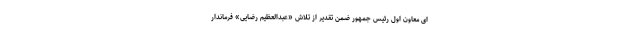
ای معاون اول رئیس جمهور ضمن تقدیر از تلاش «عبدالعظیم رضایی» فرماندار